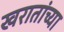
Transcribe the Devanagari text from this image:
खरातांच्या